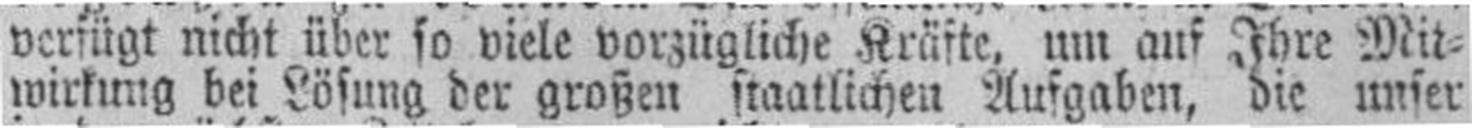
wirkung bei Lösung der großen staatlichen Aufgaben, die unser